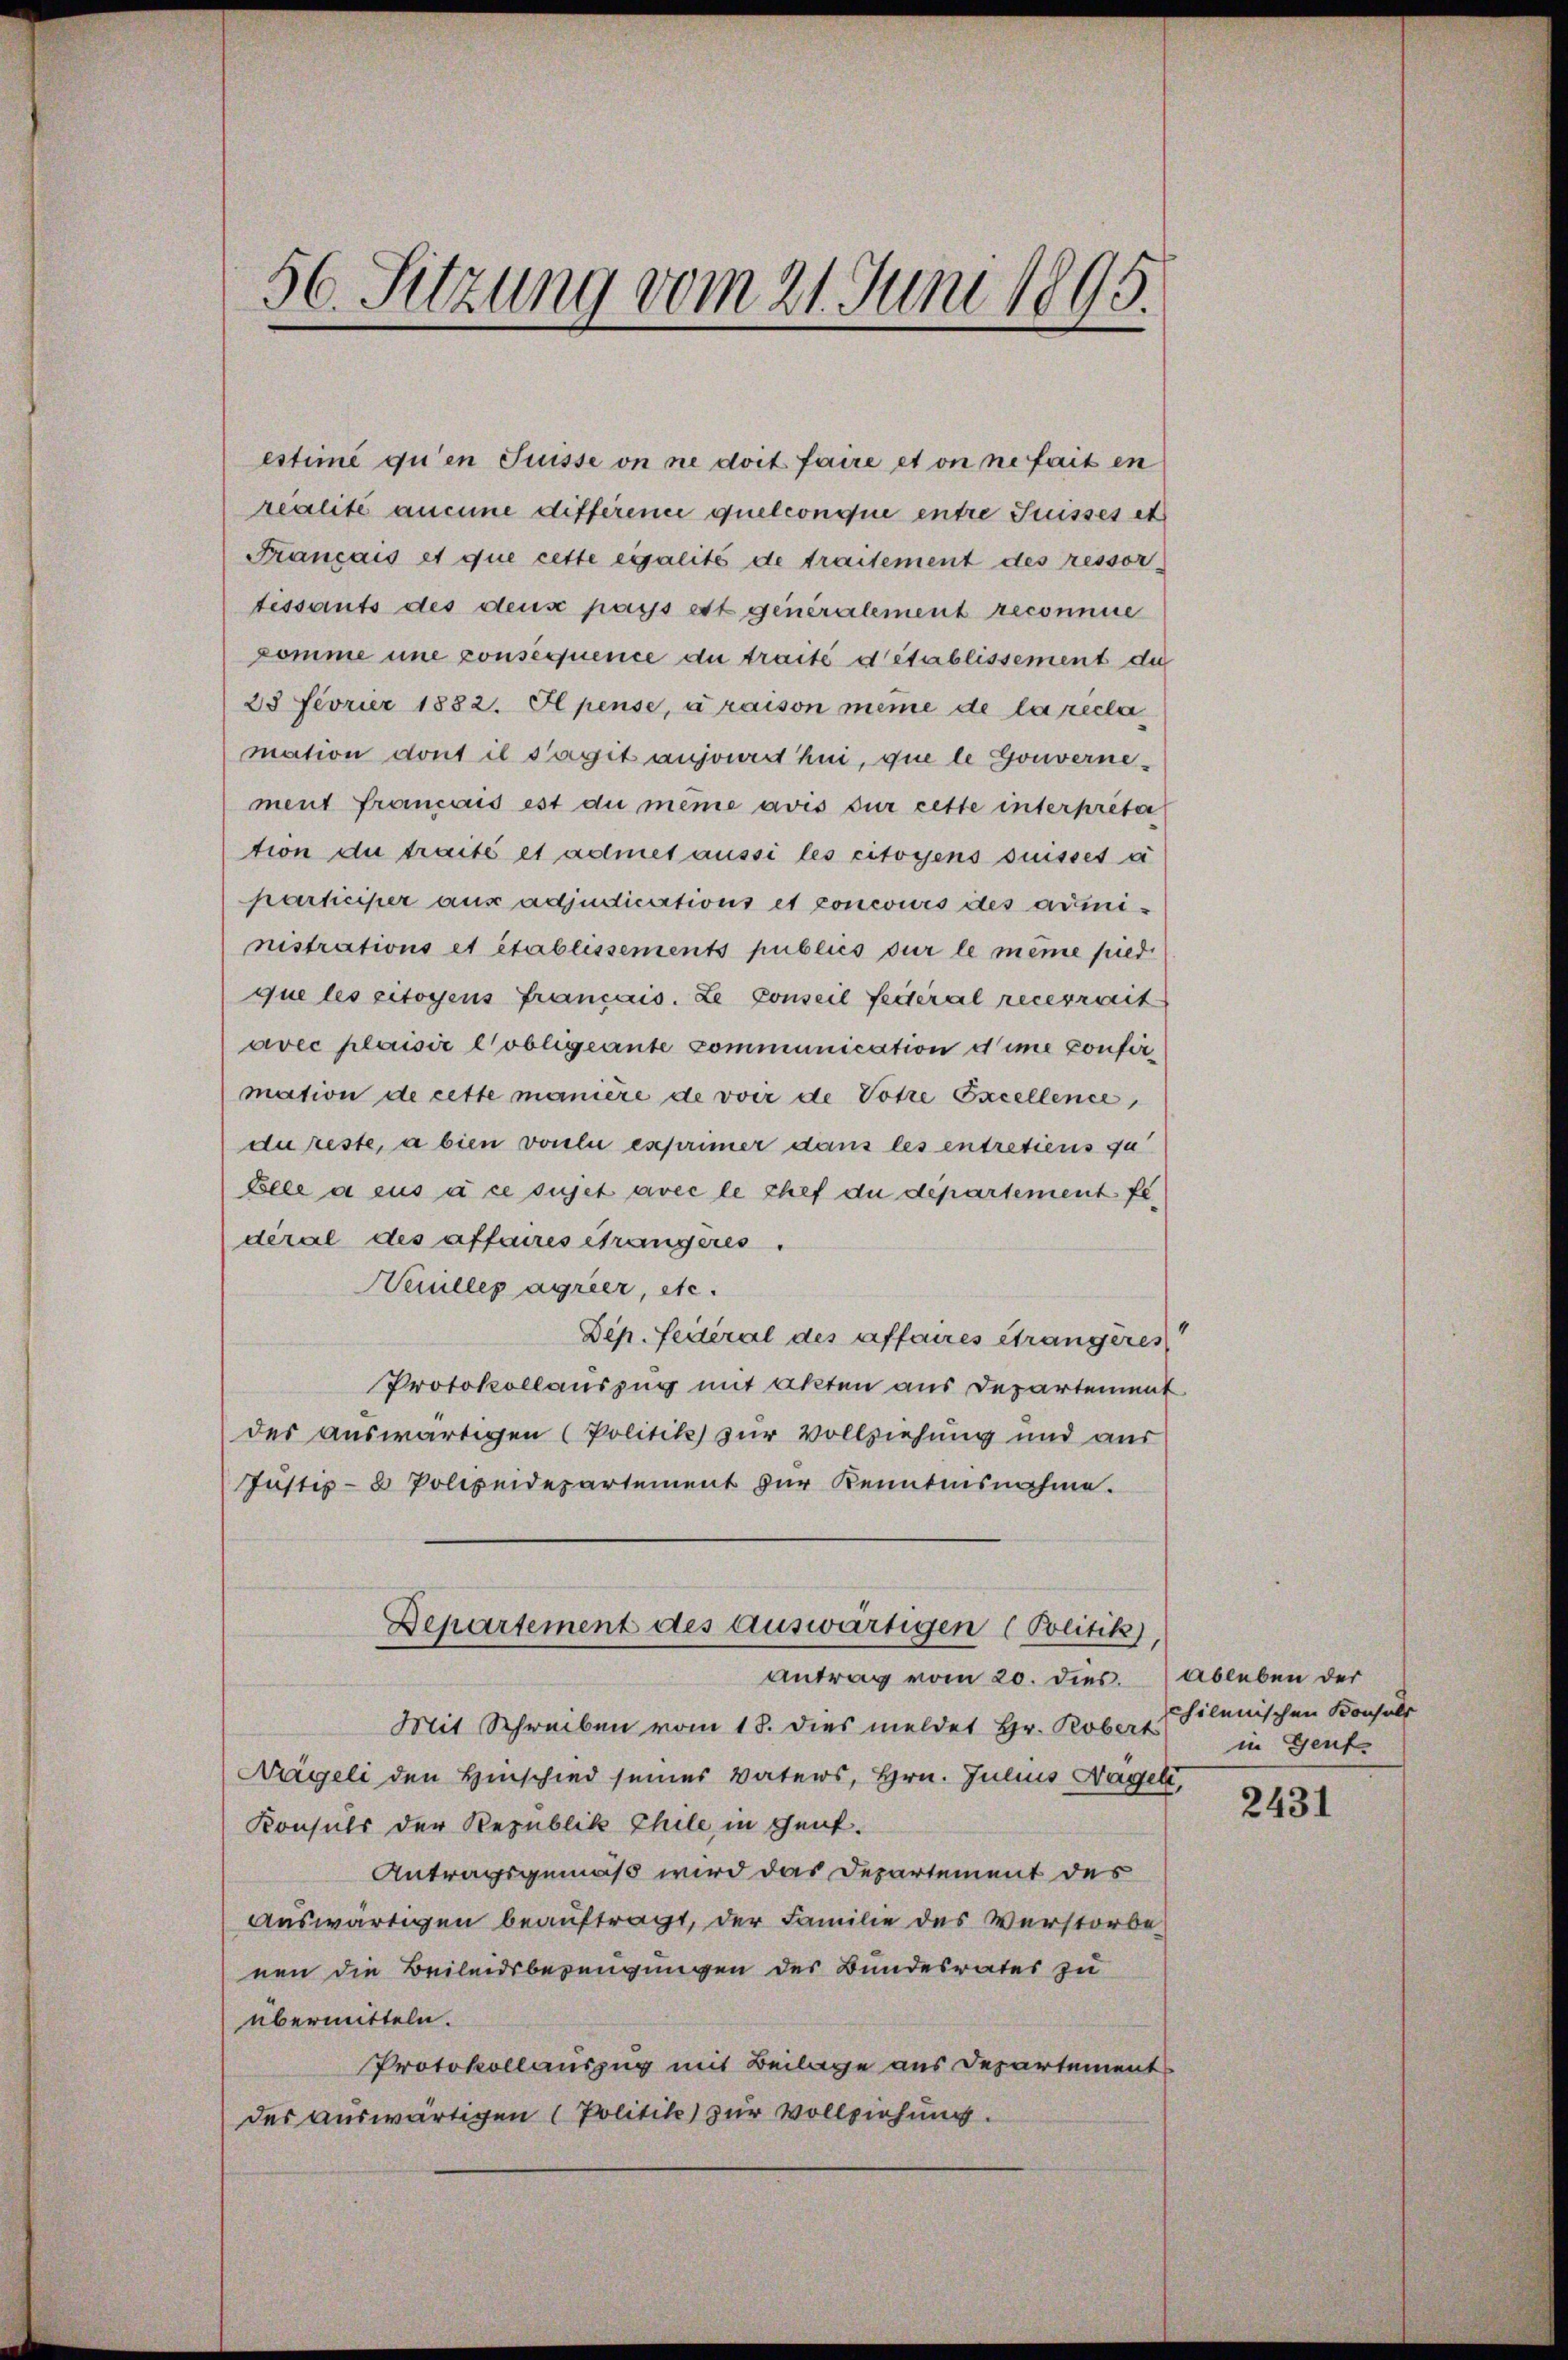
56. Sitzung vom 21. Juni 1895.

estimé qu’en Suisse on ne doit faire et on ne fait en
realité aucune différence quelconque entre Suisses et
Français et que cette eigalité de traitement des ressor
tissants des deus pass ett generalement recomme
komme une consequence du traité détablissement die
23 Fevrier 1832. Il pense, à raison meine de la récla
mation dont il s’agit aujours hui, que le Gouvernement francois est du même avis sur cette interpreta
tion de traité et admet aussi les citoyens suisses a
participer aus adjudications et concours des administrations et établissements publics sur le même pied
que les citoyens francais. Le conseil feiteral recerzweit
avec plaisir lobligeante communication d’ime confirmation de cette manière de voir de Votre Excellence,
du reste, a bien voulu eseprimer dans les entretiens zu
Elle a eus à ce sujet avec le chef du departement federal des affaires étrangeres.
Weuillepagrier, sie.
Dep. feiteral des affaires Strangeres
Protokollauszug mit Akten aus Departement
des auswärtigen (Politik zur Vollziehung und aus
Justiz- & Polizeidepartement zur Kenntnisnahme.
Departement des auswärtigen (Politik)
Antrag vom 20. dies. Ableben der
Mit Schreiben vom 18. dies meldet Hr. Rober hilenischen Konsuls
Nägeli den Hinschied seines Vaters, Hrn. Julius Nagel,
Konsuls der Republik Thile in Gent.
Antragsgemäß wird das Departement des
Auswärtigen beauftragt, der Familie des Verstorbe
nen die Beileidsbezeugungen der Bundesrates zu
übermitteln.
Protokollauszug mit Beilage aus Departement
des auswärtigen (Politik zur Vollziehung.

in Genf

2431